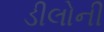
ડીલોની